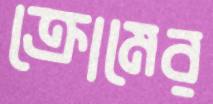
ক্রোমের